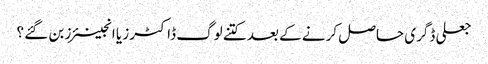
جعلی ڈگری حاصل کرنے کے بعد کتنے لوگ ڈاکٹرز یا انجینئرز بن گئے ؟